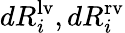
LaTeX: dR_{i}^{\mathrm{{lv}}},dR_{i}^{\mathrm{{rv}}}